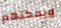
ويمكنهم